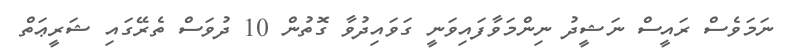
ނަމަވެސް ރައީސް ނަޝީދު ނިންމަވާފައިވަނީ ގަވައިދުވާ ގޮތުން 10 ދުވަސް ތެރޭގައި ޝަރީޢަތް